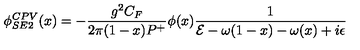
\phi _ { S E 2 } ^ { C P V } ( x ) = - { \frac { g ^ { 2 } C _ { F } } { 2 \pi ( 1 - x ) P ^ { + } } } \phi ( x ) { \frac { 1 } { { \cal E } - \omega ( 1 - x ) - \omega ( x ) + i \epsilon } }